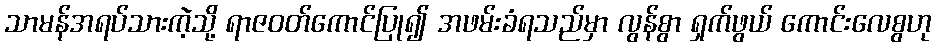
သာမန်အရပ်သားကဲ့သို့ ရာဇဝတ်ကောင်ပြု၍ အဖမ်းခံရသည်မှာ လွန်စွာ ရှက်ဖွယ် ကောင်းလေစွဟု